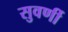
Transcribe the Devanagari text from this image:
सुवर्णी